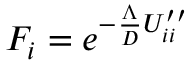
F _ { i } = e ^ { - \frac { \Lambda } { D } U _ { i i } ^ { \prime \prime } }